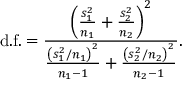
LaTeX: \mathrm { d . f . } = { \frac { \left( { \frac { s _ { 1 } ^ { 2 } } { n _ { 1 } } } + { \frac { s _ { 2 } ^ { 2 } } { n _ { 2 } } } \right) ^ { 2 } } { { \frac { \left( s _ { 1 } ^ { 2 } / n _ { 1 } \right) ^ { 2 } } { n _ { 1 } - 1 } } + { \frac { \left( s _ { 2 } ^ { 2 } / n _ { 2 } \right) ^ { 2 } } { n _ { 2 } - 1 } } } } .